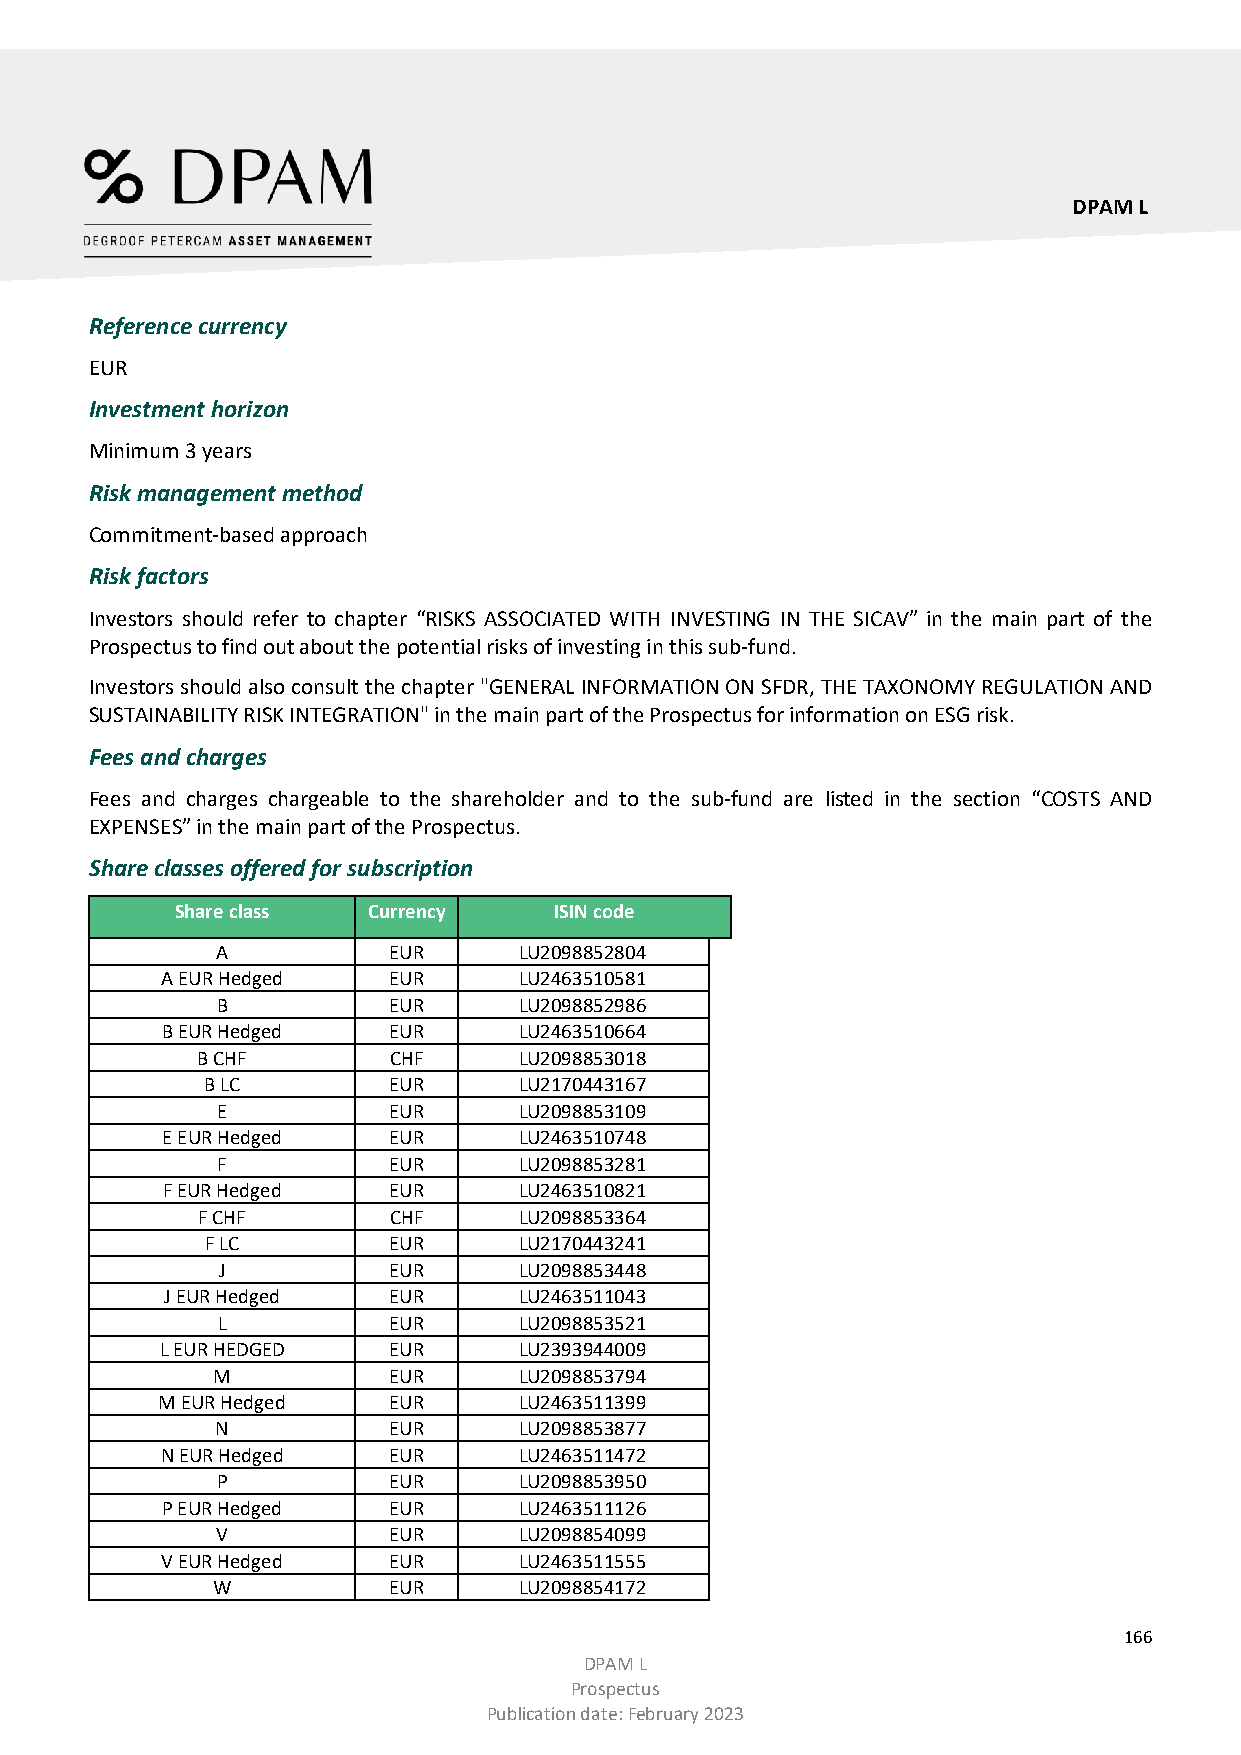
DPAM L
 Reference currency
 EUR
 Investment horizon
 Minimum 3 years
 Risk management method
 Commitment-based approach
 Risk factors
 Investors should refer to chapter “RISKS ASSOCIATED WITH INVESTING IN THE SICAV” in the main part of the
 Prospectus to find out about the potential risks of investing in this sub-fund.
 Investors should also consult the chapter "GENERAL INFORMATION ON SFDR, THE TAXONOMY REGULATION AND
 SUSTAINABILITY RISK INTEGRATION" in the main part of the Prospectus for information on ESG risk.
 Fees and charges
 Fees and charges chargeable to the shareholder and to the sub-fund are listed in the section “COSTS AND
 EXPENSES” in the main part of the Prospectus.
 Share classes offered for subscription
 Share class Currency     ISIN code
 A           EUR     LU2098852804
 A EUR Hedged   EUR     LU2463510581
 B           EUR     LU2098852986
 B EUR Hedged   EUR     LU2463510664
 B CHF        CHF     LU2098853018
 B LC        EUR     LU2170443167
 E           EUR     LU2098853109
 E EUR Hedged   EUR     LU2463510748
 F           EUR     LU2098853281
 F EUR Hedged   EUR     LU2463510821
 F CHF        CHF     LU2098853364
 F LC        EUR     LU2170443241
 J           EUR     LU2098853448
 J EUR Hedged   EUR     LU2463511043
 L           EUR     LU2098853521
 L EUR HEDGED   EUR     LU2393944009
 M           EUR     LU2098853794
 M EUR Hedged    EUR     LU2463511399
 N           EUR     LU2098853877
 N EUR Hedged   EUR     LU2463511472
 P           EUR     LU2098853950
 P EUR Hedged   EUR     LU2463511126
 V           EUR     LU2098854099
 V EUR Hedged   EUR     LU2463511555
 W           EUR     LU2098854172
 166
 DPAM L
 Prospectus
 Publication date: February 2023